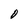
Character: O